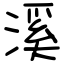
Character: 溪